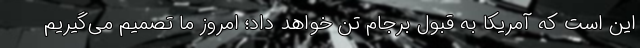
این است که آمریکا به قبول برجام تن خواهد داد؛ امروز ما تصمیم می‌گیریم